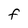
Character: F